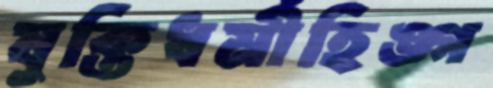
যুক্তিধর্মীহিঙ্গ